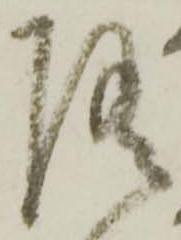
随